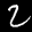
Label: 2